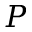
P